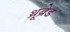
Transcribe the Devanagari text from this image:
थ्रूब्रेड